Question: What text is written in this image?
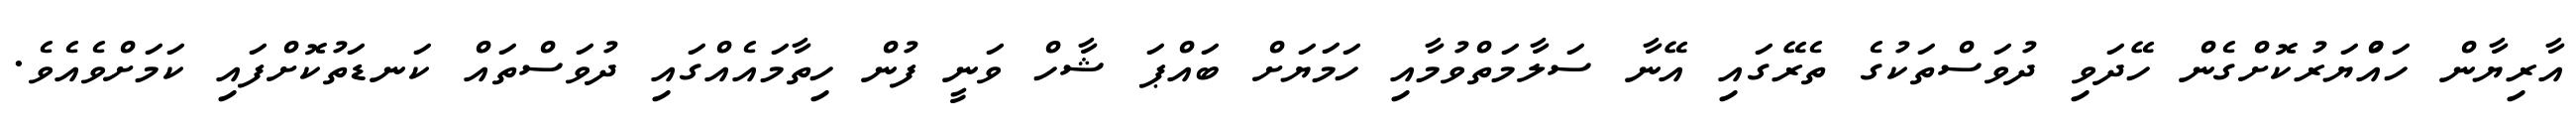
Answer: އާރިޔާން ހައްުޔަރުކޮށްގެން ހޭދަވި ދުވަސްތަކުގެ ތެރޭގައި އޭނާ ސަލާމަތްވުމާއި ހަމަޔަށް ބައްޕަ ޝާހް ވަނީ ފުން ހިތާމައެއްގައި ދުވަސްތައް ކަނޑަތުކޮށްފައި ކަމަށްވެއެވެ.